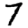
Digit: 7